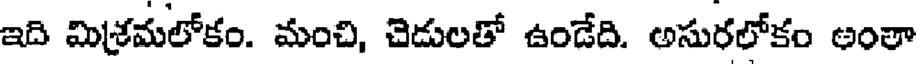
ఇది మిశ్రమలోకం. మంచి, చెడులతో ఉండేది. అసురలోకం అంతా